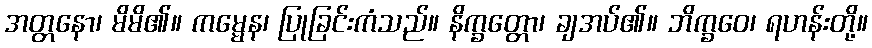
အတ္တနော၊ မိမိ၏။ ကမ္မေန၊ ပြုခြင်းကံသည်။ နိက္ခတ္တော၊ ချအပ်၏။ ဘိက္ခဝေ၊ ရဟန်းတို့။